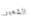
الشعير